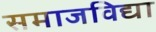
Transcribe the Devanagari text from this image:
समाजविद्या